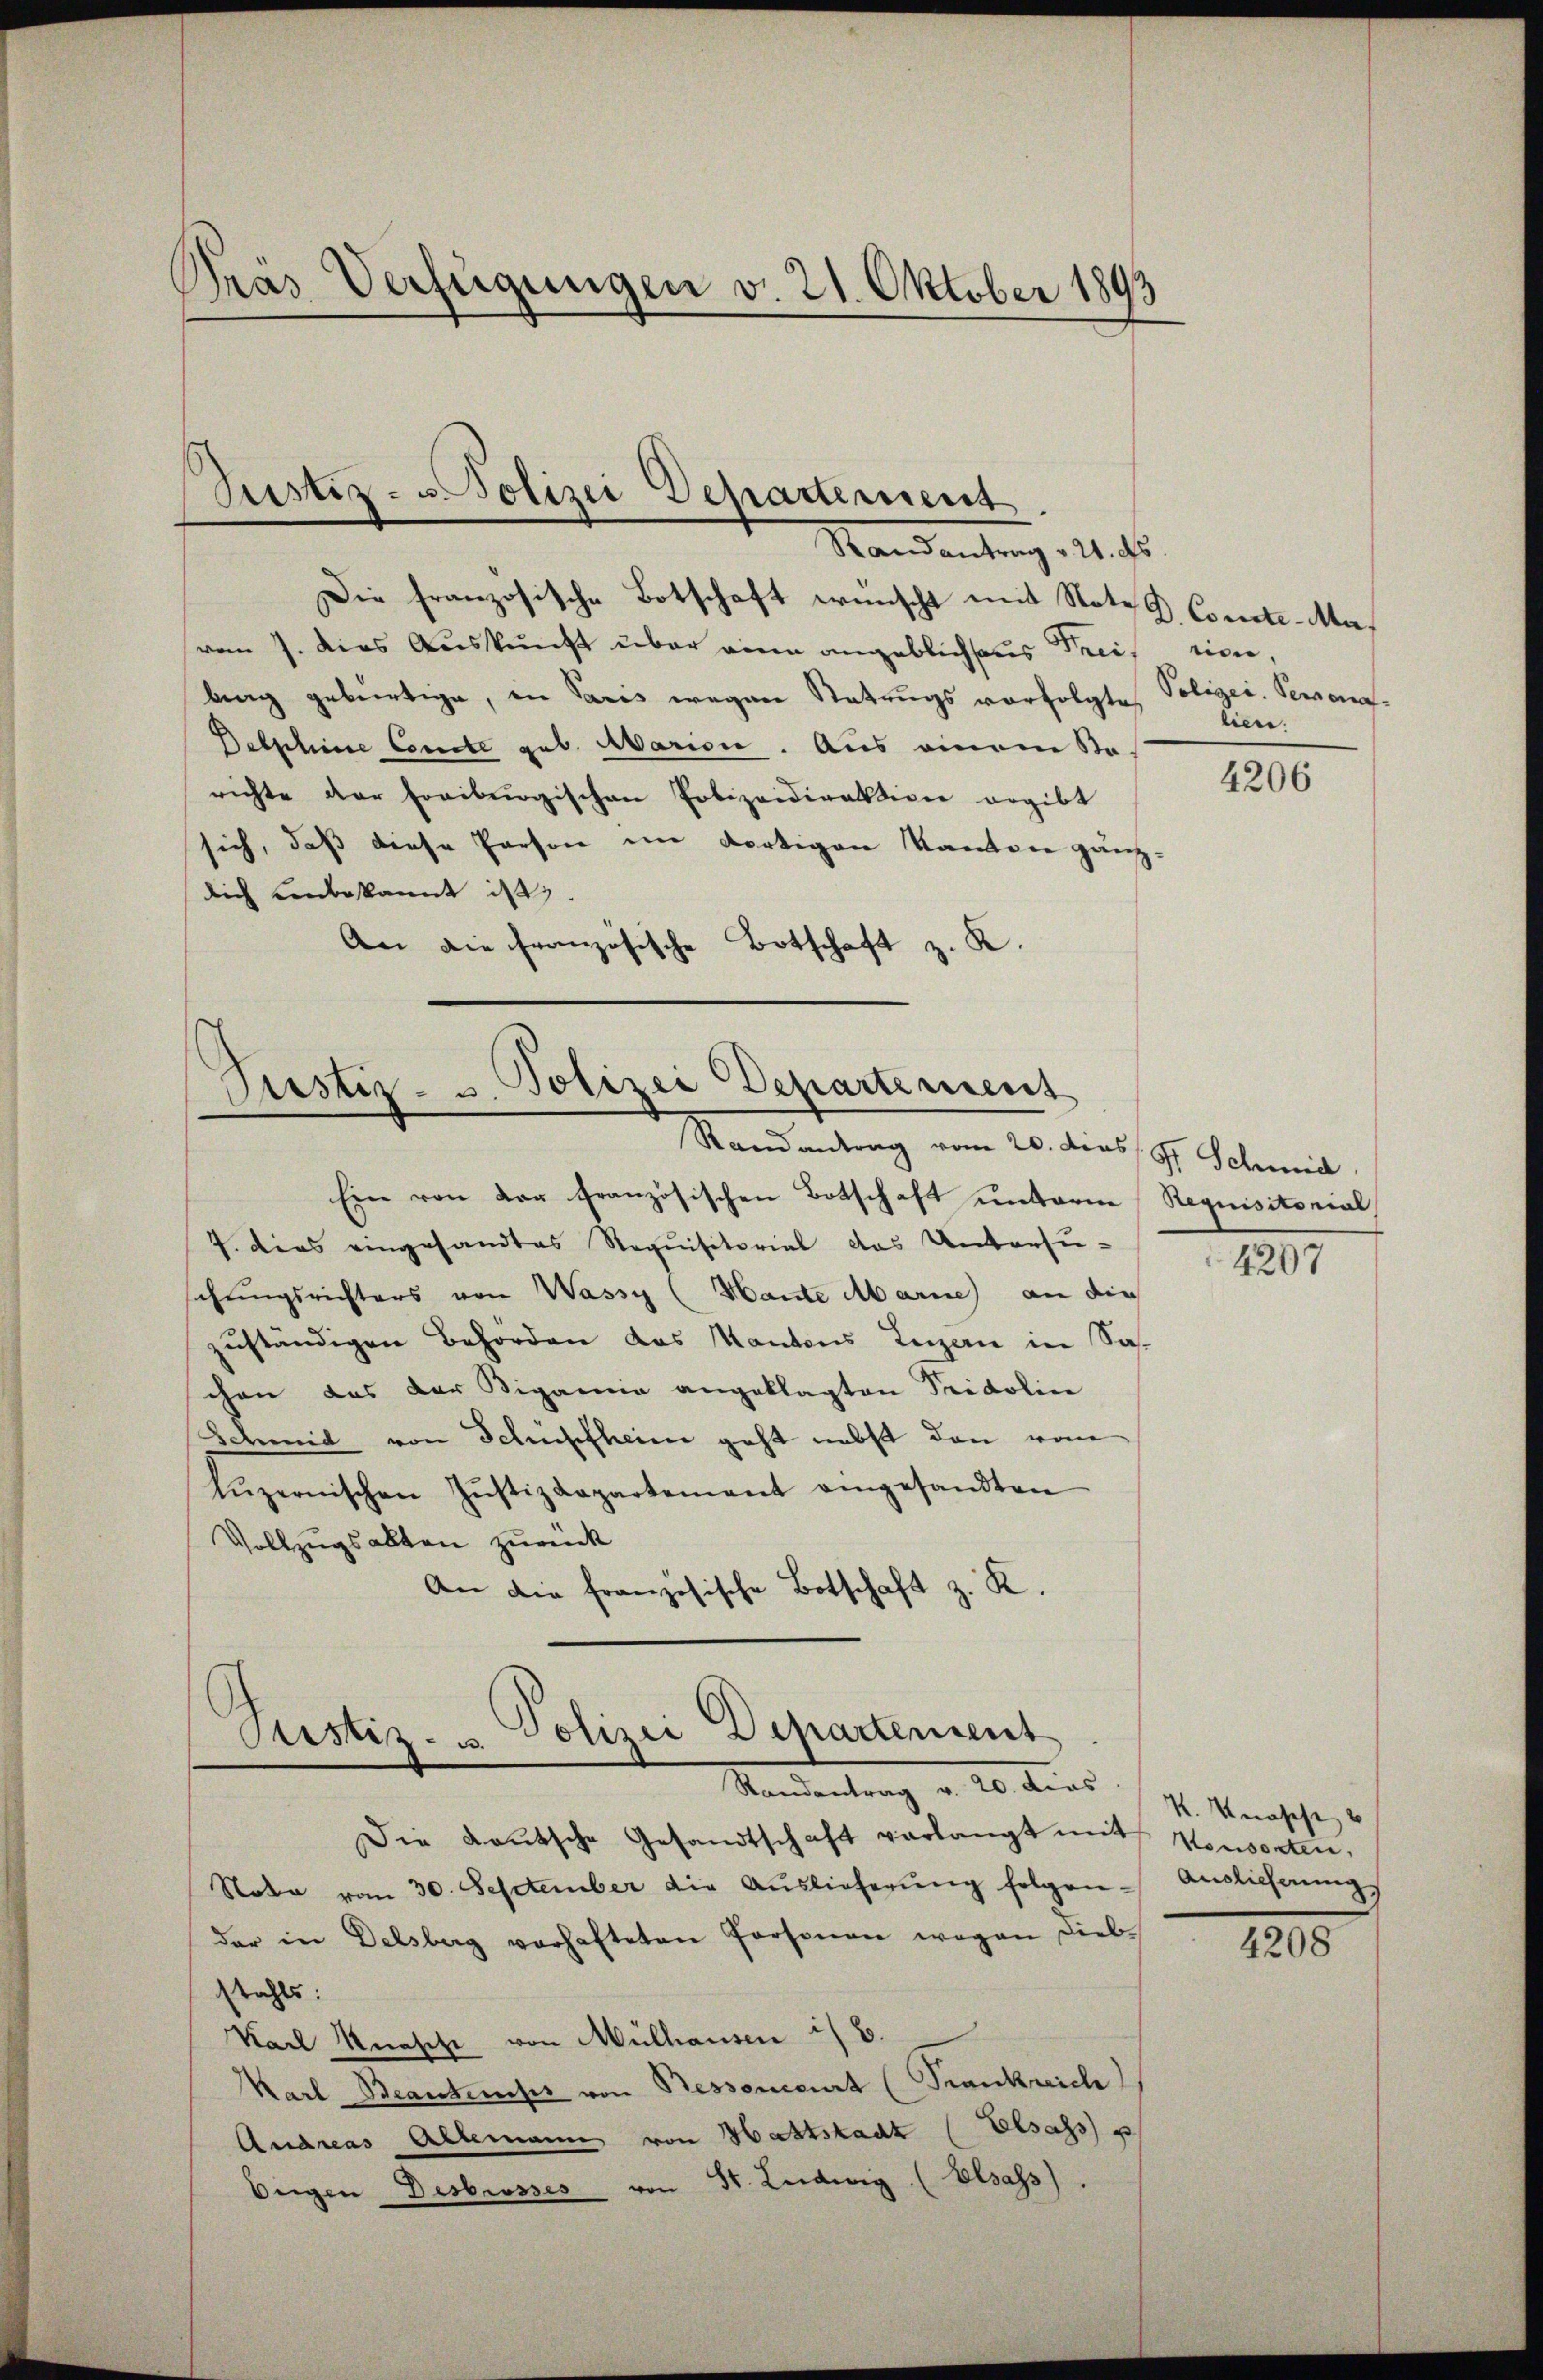
Pras Verfügungen v. 21. Oktober 1893

Justiz- u. Polizei Departement.
Mandantung 12.

Die französische Botschaft wünscht mit Note d. Comete-Mavom 7. dies Auskunft über eine angeblichsans Preission,
brag gebürtige, in Paris wegen Statungs vorfolgte
Delphine Comite geb. Marien. Aus einem So-
richte der Freiburgischen Polizeidirektion ergibt
sich, daß diese Person im dortigen Kantone ganz,
dich unbekannt ist,
An die Französische Botschaft z. K.

Justiz- u. Polizei Departement
Randantrag vom 20. dies St. Schmid

Pustiz- & Polizei Departement.
Mandertung d. 20 Mind

Eine von der französischen Botschaft unterm Requisitorial
7. dies eingesandtes Requisitorial das Untersuschungsrichters von Wassy (Hante Marie) an die
zuständigen Behörden das Kantons Luzern in Sachen das der Rigamia angeklagten Pridolin
Schmid von Schüpfheim geht nebst den vom
Lŭzernischen Jŭstizdepartement angesandten
Vollzugsalten zurück
An die französische Botschaft z. K.

Die Lautsche Gesandtschaft verlangt mit Konsorten,
Note vom 30. September die Aŭslieferŭng folgen- Auslieferung
der in Delsberg verhafteten Personen wegen Dieb
stahls:
Karl Künsche von Mülhausen is 6.
Karl Beantenuss von Bessoncert (Trankreich
Andreas Allemann von Hattstadt (Elsass e
Eigen Desbrosses von St. Ludwig (Elsass).

Polizei Persona
lien.

4206

1801

K. Knasche

4208